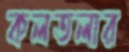
কলতলার